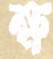
ক্ষ